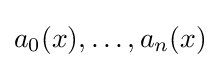
a_{0}(x),\ldots ,a_{n}(x)